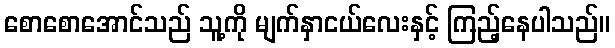
စောစောအောင်သည် သူ့ကို မျက်နှာငယ်လေးနှင့် ကြည့်နေပါသည်။